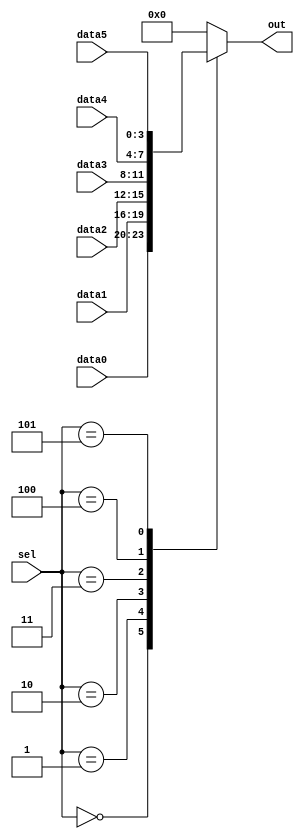
/* Case statements are more convenient than if statements if there are a large number of cases.
 So, in this exercise, create a 6-to-1 multiplexer. When sel is between 0 and 5, 
 choose the corresponding data input.
 Otherwise, output 0. The data inputs and outputs are all 4 bits wide. 
*/

module top_module ( 
    input [2:0] sel, 
    input [3:0] data0,
    input [3:0] data1,
    input [3:0] data2,
    input [3:0] data3,
    input [3:0] data4,
    input [3:0] data5,
    output reg [3:0] out);//

    always@(*) begin  // This is a combinational circuit
        case(sel)
             
             3'b000:out = data0;
             3'b001:out = data1;
             3'b010:out = data2;
             3'b011:out = data3;
             3'b100:out = data4;
             3'b101:out = data5;
             default: out = 0;
            
        endcase
    end

endmodule